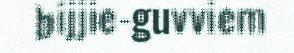
bijjie-guvviem